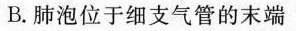
B.肺泡位于细支气管的末端